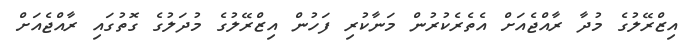
އިޒްރޭލުގެ މުދާ ރާއްޖެއަށް އެތެރެކުރުން މަނާކުރި ފަހުން އިޒްރޭލުގެ މުދަލުގެ ގޮތުގައި ރާއްޖެއަށް